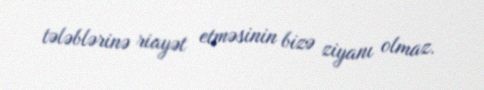
tələblərinə riayət etməsinin bizə ziyanı olmaz.